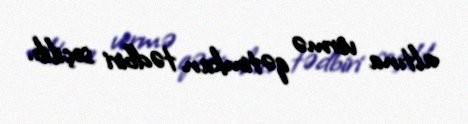
altına vermə qətimkan tədbiri seçilib.